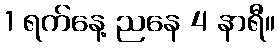
1 ရက်နေ့ ညနေ 4 နာရီ။